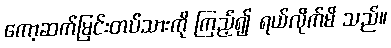
ကော့ဆက်မြင်းတပ်သားကို ကြည့်၍ ရယ်လိုက်မိ သည်။